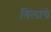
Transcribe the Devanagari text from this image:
गिलाचे